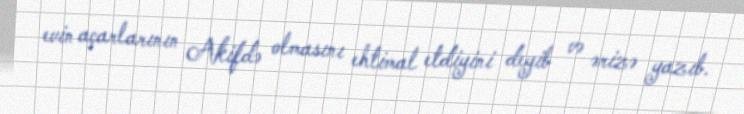
evin açarlarının Akifdə olmasını ehtimal etdiyini deyib və ərizə yazıb.